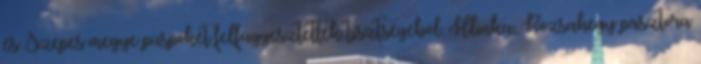
és Szepes megye püspökét felfüggesztették tisztségéből. Hlinka, Rózsahegy pásztora